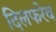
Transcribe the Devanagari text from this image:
दिलफरेब